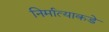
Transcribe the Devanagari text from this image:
निर्मात्याकडे